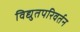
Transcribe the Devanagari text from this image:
विद्युतपरिवर्तन